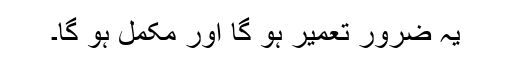
یہ ضرور تعمیر ہو گا اور مکمل ہو گا۔